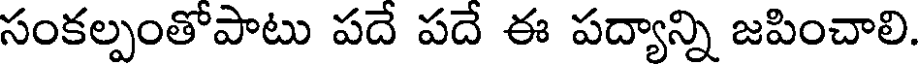
సంకల్పంతోపాటు పదే పదే ఈ పద్యాన్ని జపించాలి.